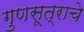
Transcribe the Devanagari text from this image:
गुणसूत्राचे